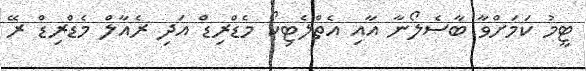
ޓީމު ކަމަށްވާ ބާސެލޯނާ އާއި އެތްލެޓިކޯ މެޑްރިޑް އަދި ރެއާލް މެޑްރިޑް ރޭ